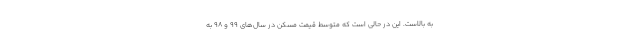
به بالاست. این در حالی است که متوسط قیمت مسکن در سال‌های ۹۹ و ۹۸ به